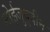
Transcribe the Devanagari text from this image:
मोईजुद्दीन